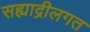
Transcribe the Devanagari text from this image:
सह्याद्रीलगत